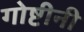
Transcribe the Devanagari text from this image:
गोष्टीनी